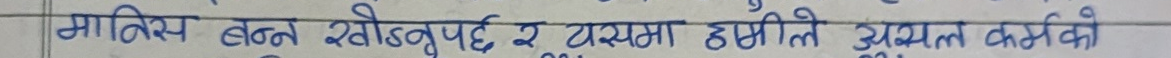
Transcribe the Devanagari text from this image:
मानिस बढ्न खोज्नुपर्छ र समयमा हामीले उत्प्रेरकको